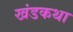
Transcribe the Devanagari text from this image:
खंडकथा